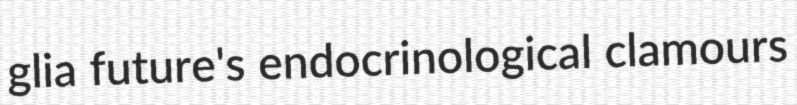
glia future's endocrinological clamours